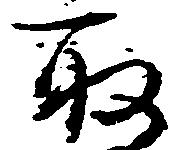
取